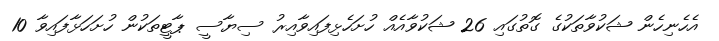
އެހެނިހެން ޝަކުވާތަކުގެ ގޮތުގައި 26 ޝަކުވާއެއް ހުށަހެޅިފައިވާއިރު ސިޔާސީ ޕާޓީތަކުން ހުށަހަޅާފައިވާ 10